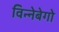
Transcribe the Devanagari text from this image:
विन्नेबेगो